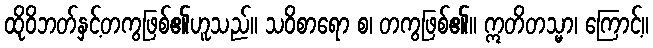
ထိုဝိဘတ်နှင့်တကွဖြစ်၏ဟူသည်။ သဝိစာရော စ၊ တကွဖြစ်၏။ ဣတိတသ္မာ၊ ကြောင့်။